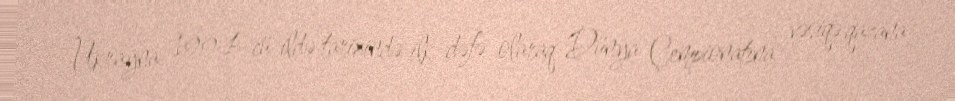
Ukrayna 1994-cü ildə tarixində ilk dəfə olaraq Dünya Çempionatına vəsiqə qazana